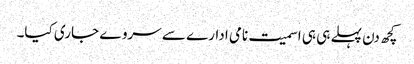
کچھ دن پہلے ہی ہی اسمیت نامی ادارے سے سروے جاری کیا۔